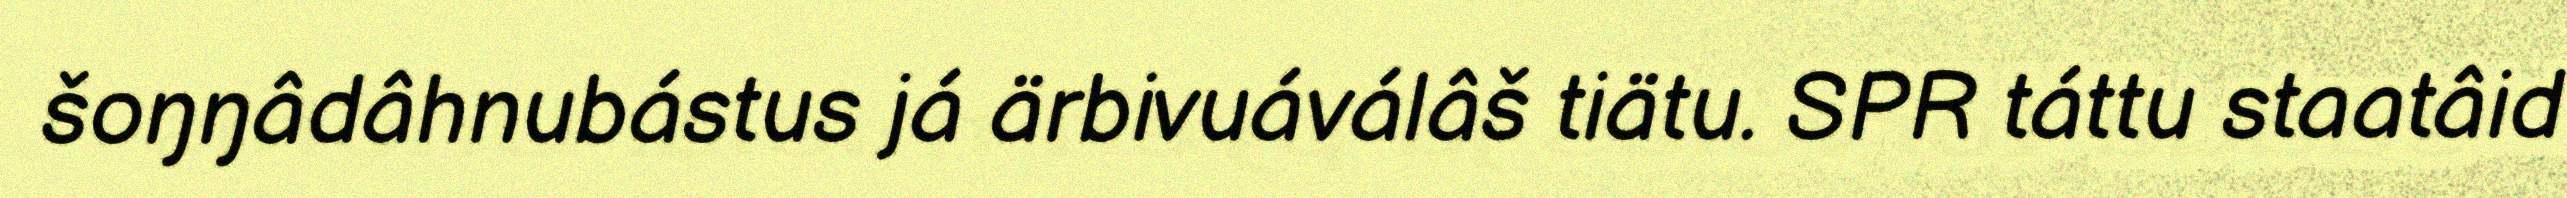
šoŋŋâdâhnubástus já ärbivuáválâš tiätu. SPR táttu staatâid